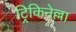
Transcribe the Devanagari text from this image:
ट्रिकिनेल्ला